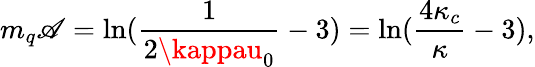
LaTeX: m_{q}\mathscr{A}=\ln(\frac{{1}}{{2\kappau_{0}}}-3)=\ln(\frac{{4\kappa_{c}}}{{\kappa}}-3),